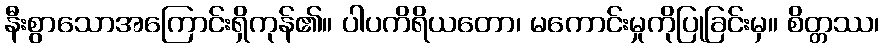
နီးစွာသောအကြောင်းရှိကုန်၏။ ပါပကိရိယတော၊ မကောင်းမှုကိုပြုခြင်းမှ။ စိတ္တဿ၊